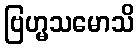
ဗြဟ္မသမောသိ